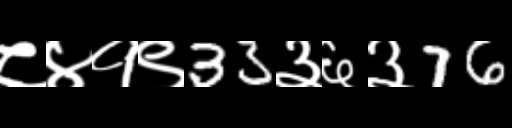
Text: ८४१९33३६३76